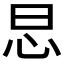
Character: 𢗭